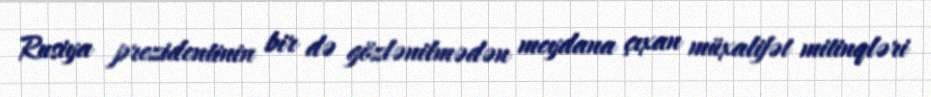
Rusiya prezidentinin bir də gözlənilmədən meydana çıxan müxalifət mitinqləri